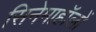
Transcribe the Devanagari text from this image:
सिनेमाहॉलों